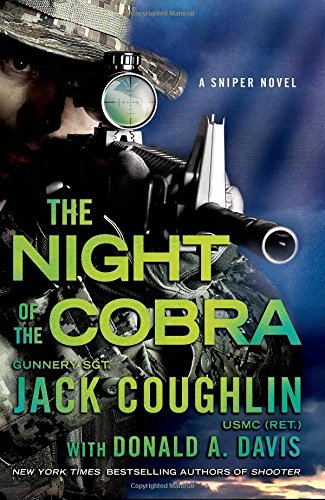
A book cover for Night of the Cobra: A Sniper Novel (Kyle Swanson Sniper Novels); Jack Coughlin; Mystery, Thriller & Suspense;